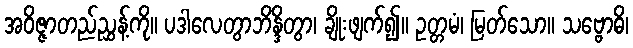
အဝိဇ္ဇာတည်ညွှန့်ကို။ ပဒါလေတွာဘိန္ဒိတွာ၊ ချိုးဖျက်၍။ ဥတ္တမံ၊ မြတ်သော။ သဗ္ဗောဓိ၊